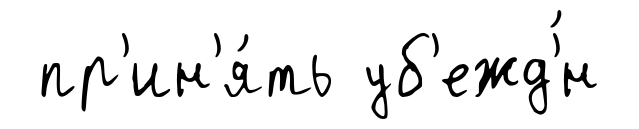
пр'ин'я́ть уб'ежд'́н